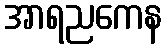
အာရညကေန